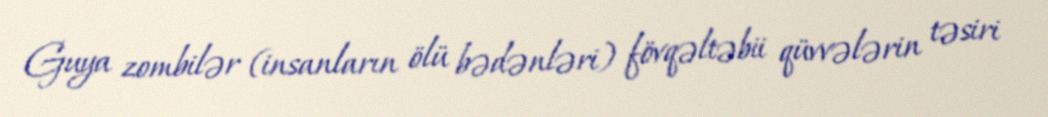
Guya zombilər (insanların ölü bədənləri) fövqəltəbii qüvvələrin təsiri